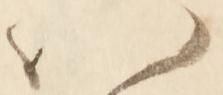
ハ